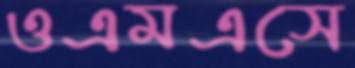
ওএমএসে